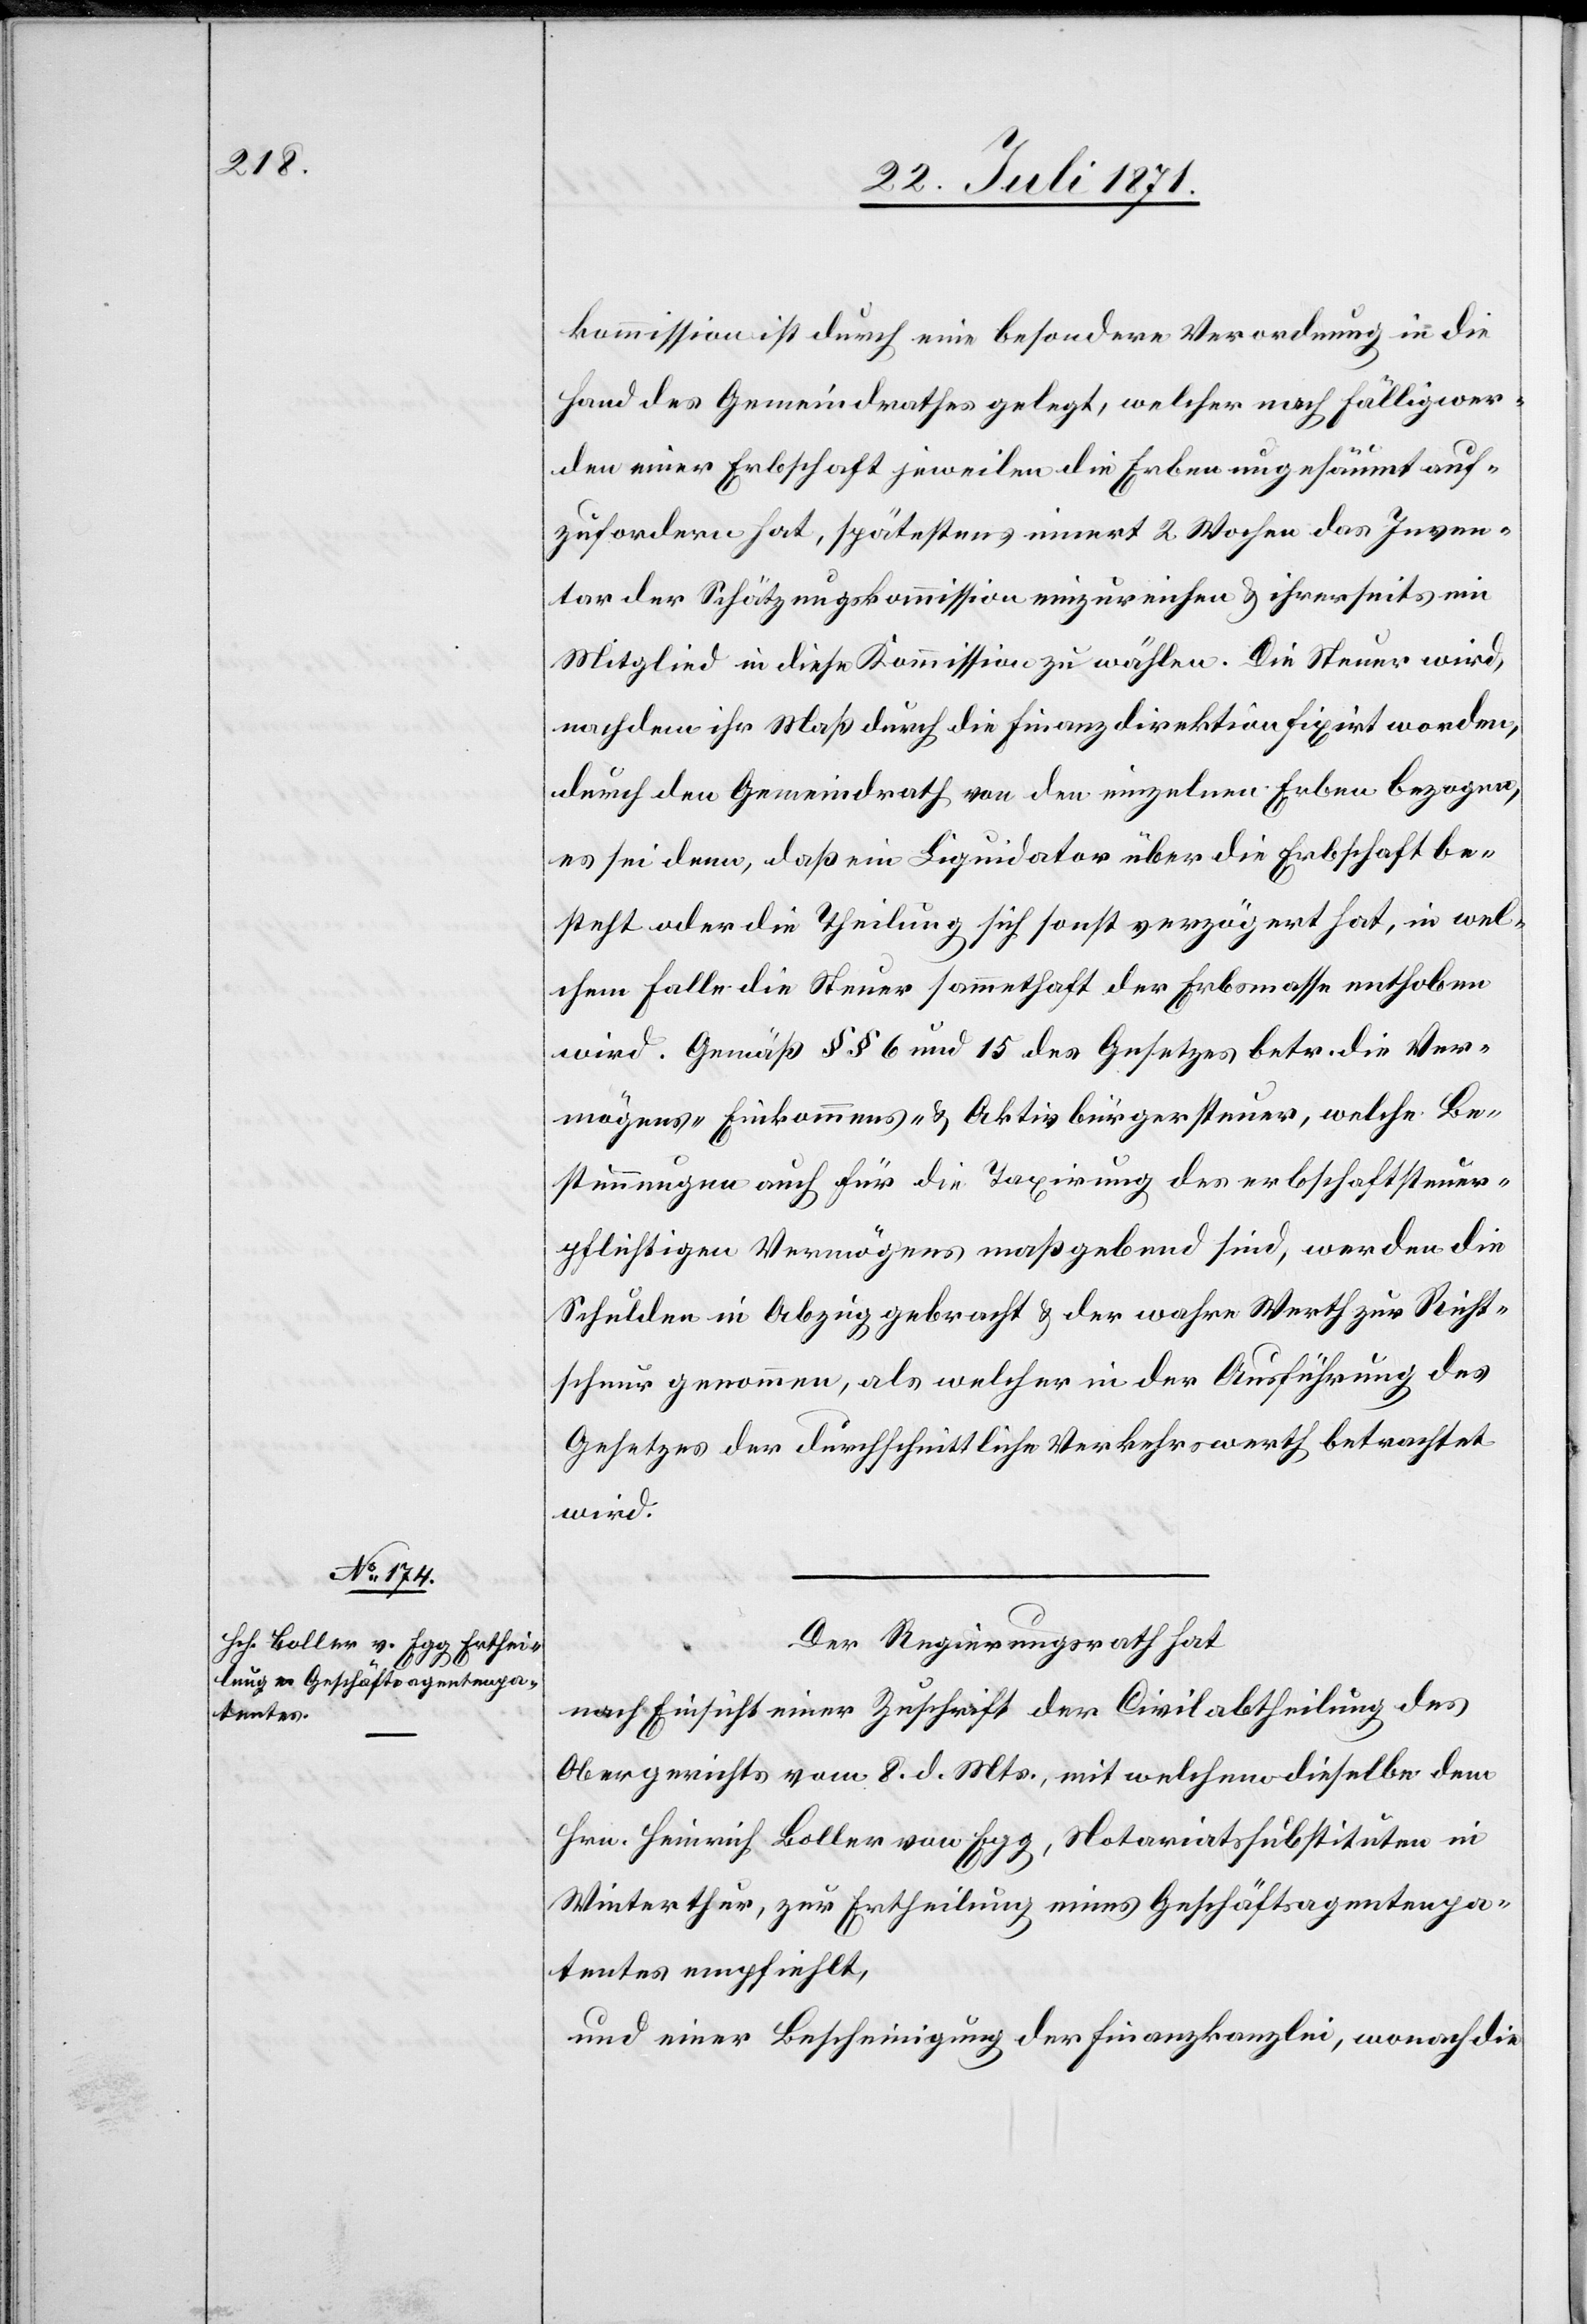
kommission ist durch eine besondere Verordnung in die
Hand des Gemeindrathes gelegt, welcher nach fälligwer¬
den einer Erbschaft jeweilen die Erben ungesäumt auf¬
zufordern hat, spätestens innert 2 Wochen das Inven¬
tar der Schätzungskommission einzureichen u. ihrerseits ein
Mitglied in diese Kommission zu wählen. Die Steuer wird,
nachdem ihr Maß durch die Finanzdirektion fixirt worden,
durch den Gemeindrath von den einzelnen Erben bezogen,
es sei denn, daß ein Liquidator über die Erbschaft be¬
steht oder die Theilung sich sonst verzögert hat, in wel¬
chem Falle die Steuer sammethaft der Erbsmasse enthoben
wird. Gemäß §§ 6 und 15 des Gesetzes betr. die Ver¬
mögens- Einkommens- u. Aktivbürgersteuer, welche Be¬
stimmungen auch für die Taxirung des erbschaftsteuer¬
pflichtigen Vermögens maßgebend sind, werden die
Schulden in Abzug gebracht u. der wahre Werth zur Richt¬
schnur genommen, als welcher in der Ausführung des
Gesetzes der durchschnittliche Verkehrswerth betrachtet
wird.
Der Regierungsrath hat
nach Einsicht einer Zuschrift der Civilabtheilung des
Obergerichts vom 8. d. Mts., mit welchem dieselbe dem
Hrn. Heinrich Boller von Egg, Notariatssubstituten in
Winterthur, zur Ertheilung eines Geschäftsagentenpa¬
tentes empfiehlt,
und einer Bescheinigung der Finanzkanzlei, wonach die